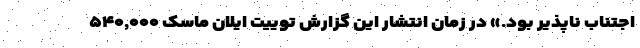
اجتناب ناپذیر بود.» در زمان انتشار این گزارش توییت ایلان ماسک ۵۴۰,۰۰۰